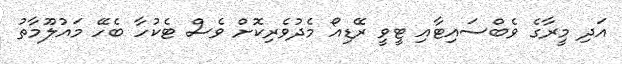
އަދި މީރާގެ ވެބްސައިޓާއި ޓީވީ ރޭޑިއޯ މެދުވެރިކޮށް ވެސް ޓެކުހާ ބެހޭ މައުލޫމާތު